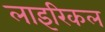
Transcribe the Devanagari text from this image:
लाइरिकल